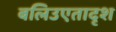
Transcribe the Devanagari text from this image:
बलिउएतादृश